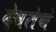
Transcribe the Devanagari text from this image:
देवतेचं